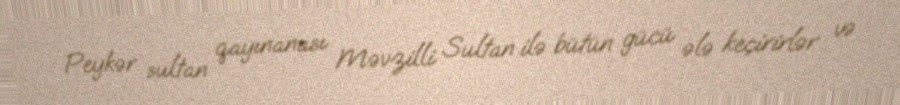
Peykər sultan qayınanası Məvzilli Sultan ilə bütün gücü ələ keçirirlər və